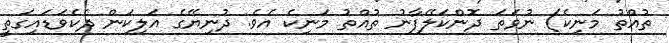
ތުއްތު މަނިކެ) ނުވަތަ ދޮންކަލޭފާނު ތުއްތު މަނިކެ އެވެ. ދުނިޔޭގެ އަލިކަން ދެކެވަޑައިގަތީ